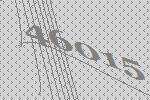
46015